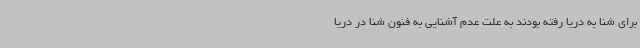
برای شنا به دریا رفته بودند به علت عدم آشنایی به فنون شنا در دریا